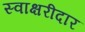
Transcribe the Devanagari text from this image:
स्वाक्षरीदार